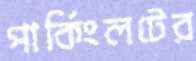
পার্কিংলটের